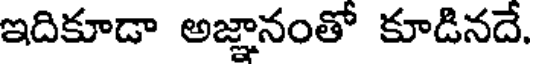
ఇదికూడా అజ్ఞానంతో కూడినదే.